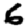
Digit: 6